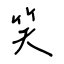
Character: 笑